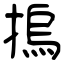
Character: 摀